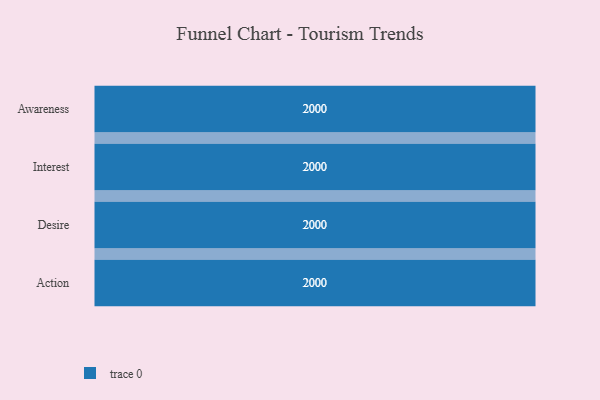
{"axis": {"x": "Stage", "y": "Value"}, "legend": [""], "data": [{"x": "Awareness", "y": 2000, "type": ""}, {"x": "Interest", "y": 2000, "type": ""}, {"x": "Desire", "y": 2000, "type": ""}, {"x": "Action", "y": 2000, "type": ""}]}